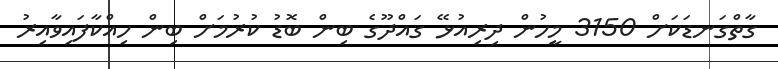
ގާތްގަނޑަކަށް 3150 މީހުން ދިރިއުޅޭ ގައްދޫގެ ބިން ބޮޑު ކުރުމަށް ބިން ހިއްކާފައިވާއިރު